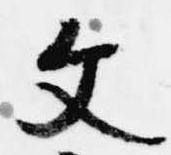
文